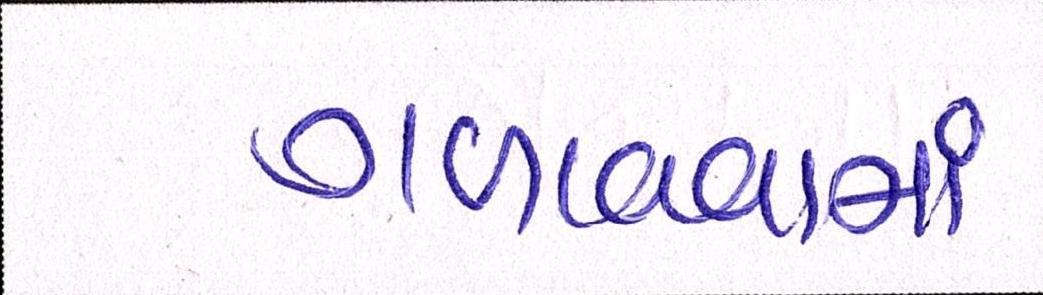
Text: ગળાવવામાં